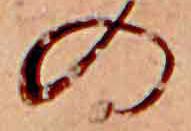
の